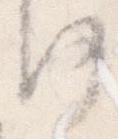
何